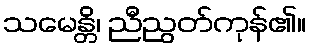
သမေန္တိ၊ ညီညွတ်ကုန်၏။